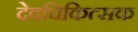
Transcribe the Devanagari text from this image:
देवचिकित्सक